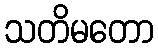
သတိမတော